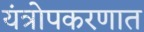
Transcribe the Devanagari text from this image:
यंत्रोपकरणात